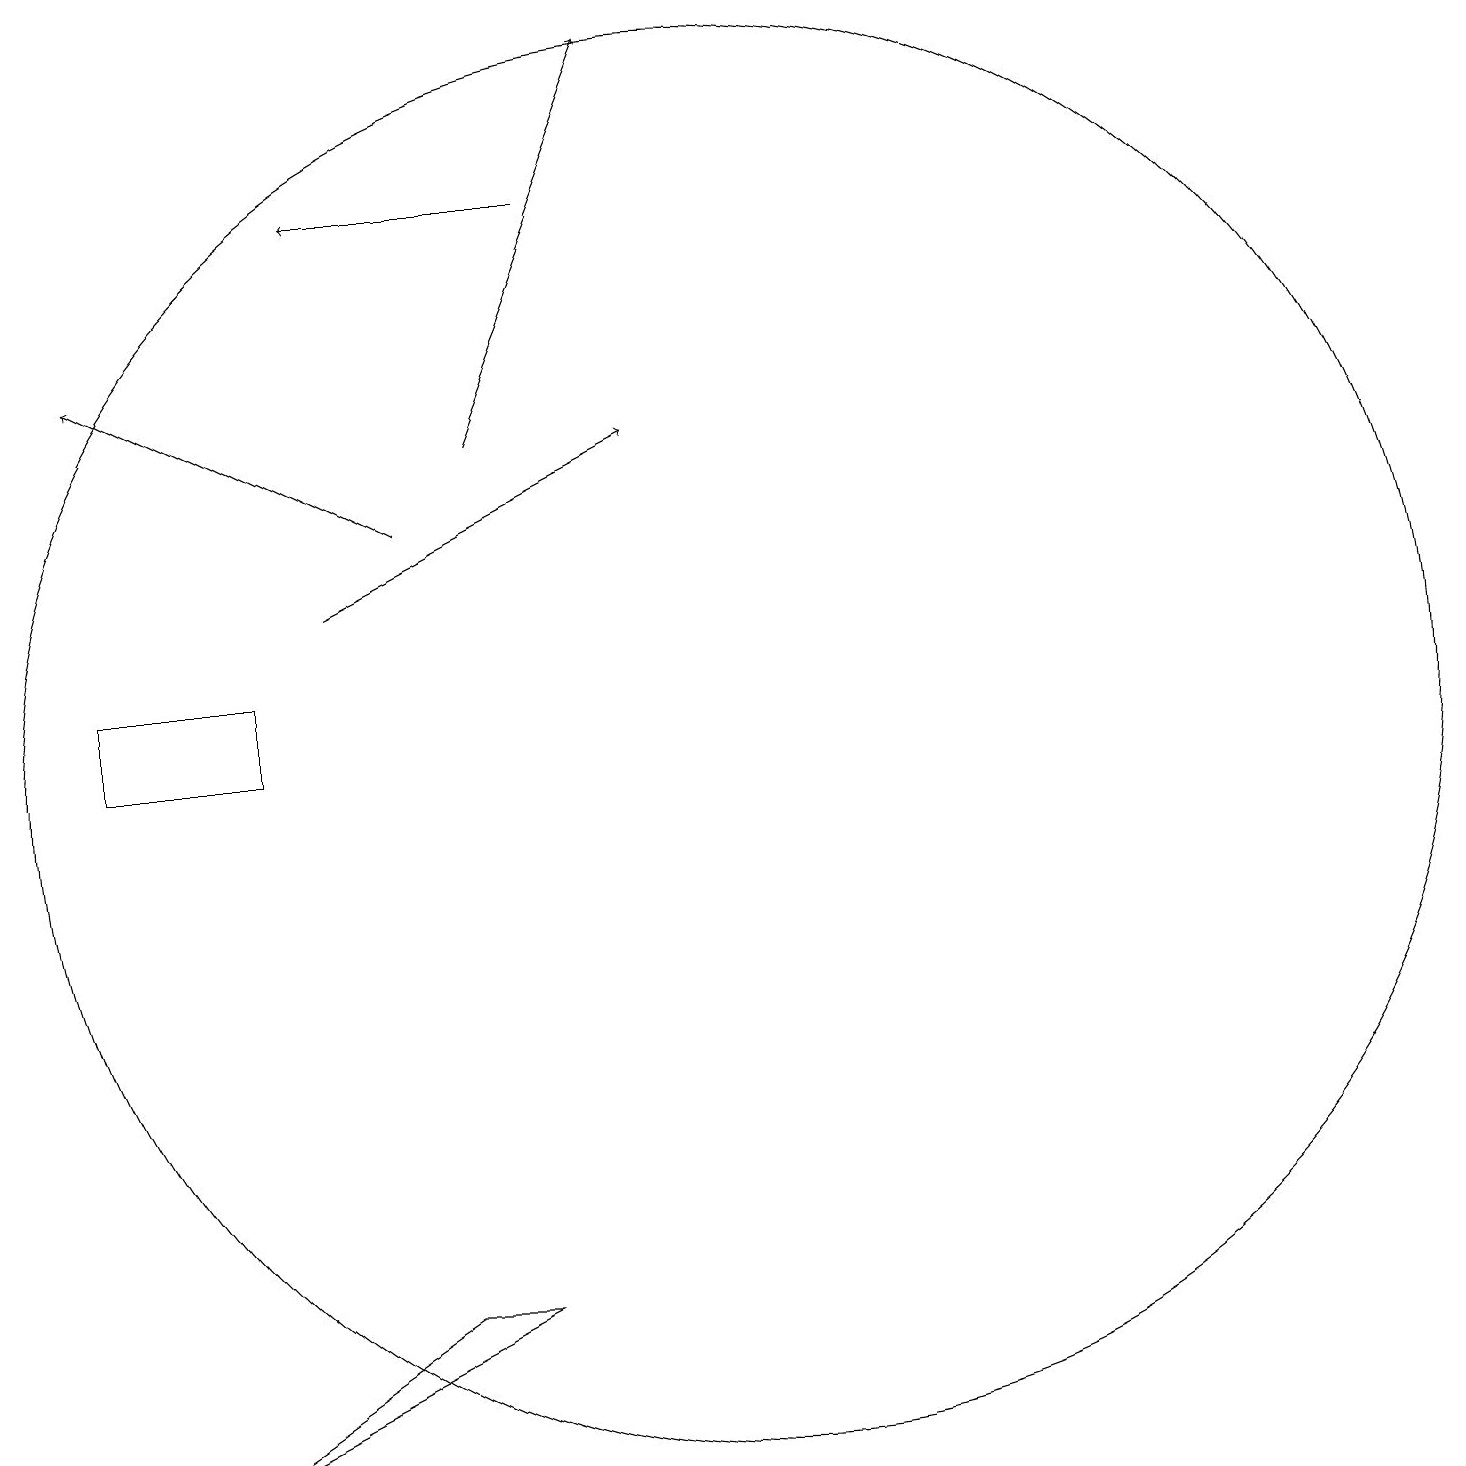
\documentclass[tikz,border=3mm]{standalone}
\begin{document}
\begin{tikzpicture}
\draw (10,10) circle (9);
\draw[->] (7,14) -- (9,19);
\draw (2,11) rectangle (4,10);
\draw (7,3) -- (3,1) -- (6,3) -- cycle;
\draw[->] (5,12) -- (9,14);
\draw[->] (8,17) -- (5,17);
\draw[->] (6,13) -- (2,15);
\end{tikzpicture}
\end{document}